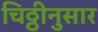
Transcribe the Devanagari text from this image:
चिठ्ठीनुसार